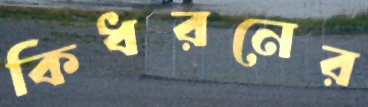
কিধরনের